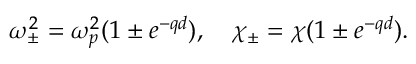
\omega _ { \pm } ^ { 2 } = \omega _ { p } ^ { 2 } ( 1 \pm e ^ { - q d } ) , \quad \chi _ { \pm } = \chi ( 1 \pm e ^ { - q d } ) .